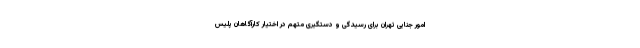
امور جنایی تهران برای رسیدگی و دستگیری متهم در اختیار کارآگاهان پلیس